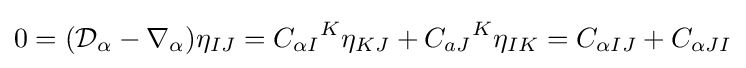
0=({\mathcal {D}}_{\alpha }-\nabla _{\alpha })\eta _{IJ}={C_{\alpha I}}^{K}\eta _{KJ}+{C_{aJ}}^{K}\eta _{IK}=C_{\alpha IJ}+C_{\alpha JI}